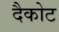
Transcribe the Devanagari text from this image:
दैकोट